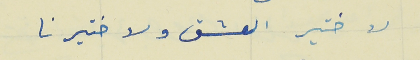
لا ختير العشق ولا ختيرنا